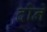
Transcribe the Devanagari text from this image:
दोनें